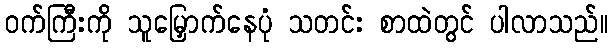
ဝက်ကြီးကို သူမြှောက်နေပုံ သတင်း စာထဲတွင် ပါလာသည်။